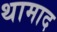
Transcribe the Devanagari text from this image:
थामाद